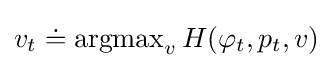
v_{t}\doteq \operatorname {argmax} _{v}H(\varphi _{t},p_{t},v)